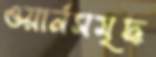
ওয়ার্নসমৃদ্ধ